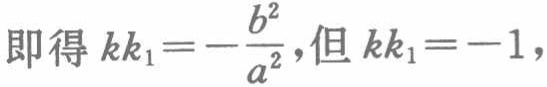
即得 \(kk_{1}=-\frac{b^{2}}{a^{2}}\)，但 \(kk_{1}=-1\)，